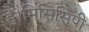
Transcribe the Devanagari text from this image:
हैं।मिसिसिपी